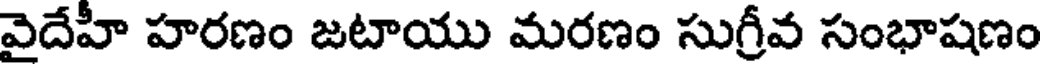
వైదేహీ హరణం జటాయు మరణం సుగ్రీవ సంభాషణం